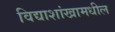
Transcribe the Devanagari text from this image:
विद्याशांखामधील